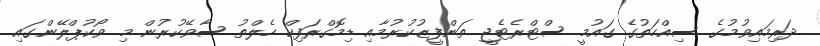
ދަރިމައިވުމުގެ ސިއްހަތުގެ ގައުމީ ސްޓްރެޓެޖީ ތަންފީޒުކުރުމާއި ޑިމޮގްރަފިކް ހެލްތު ސާވޭކުރުން މި ވޯކުޕްލޭންގައި